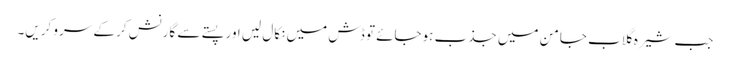
جب شیرہ گلاب جامن میں جذب ہوجائے تو ڈش میں نکال لیں اور پستے سے گارنش کر کے سرو کریں۔